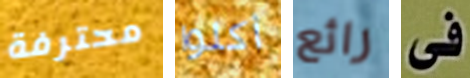
محترفة أكلوا رائع فى